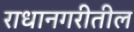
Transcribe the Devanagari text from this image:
राधानगरीतील